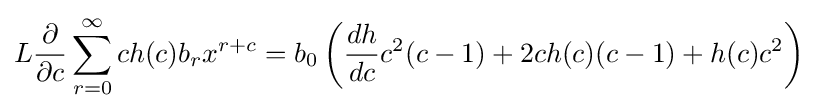
L{\frac {\partial }{\partial c}}\sum _{r=0}^{\infty }ch(c)b_{r}x^{r+c}=b_{0}\left({\frac {dh}{dc}}c^{2}(c-1)+2ch(c)(c-1)+h(c)c^{2}\right)